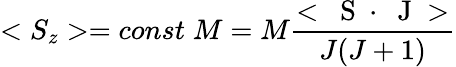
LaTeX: <S_{z}>=const\; M=M\frac{<\mathrm{~\mathbf~S~}\cdot\mathrm{~\mathbf~J~}>}{J(J+1)}